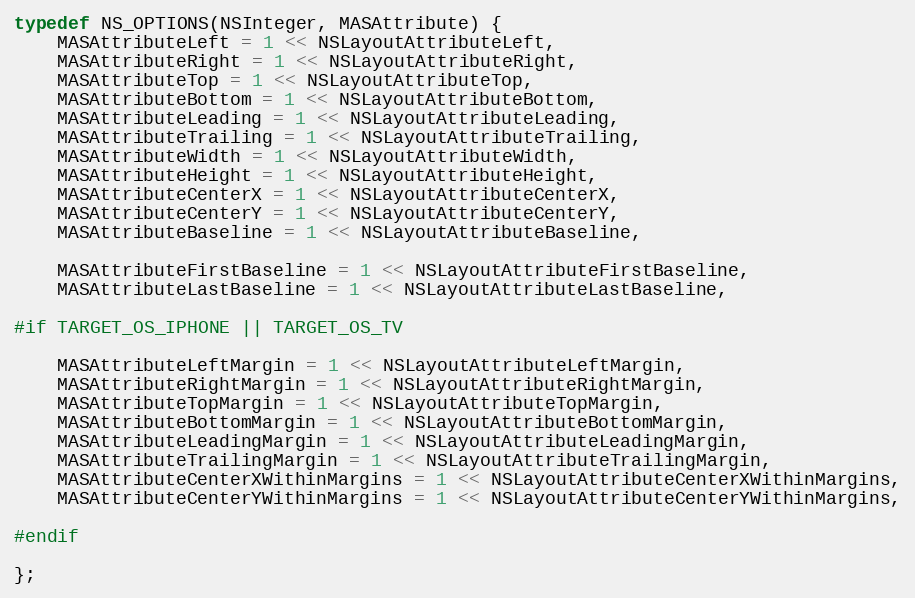
Language: C
typedef NS_OPTIONS(NSInteger, MASAttribute) {
    MASAttributeLeft = 1 << NSLayoutAttributeLeft,
    MASAttributeRight = 1 << NSLayoutAttributeRight,
    MASAttributeTop = 1 << NSLayoutAttributeTop,
    MASAttributeBottom = 1 << NSLayoutAttributeBottom,
    MASAttributeLeading = 1 << NSLayoutAttributeLeading,
    MASAttributeTrailing = 1 << NSLayoutAttributeTrailing,
    MASAttributeWidth = 1 << NSLayoutAttributeWidth,
    MASAttributeHeight = 1 << NSLayoutAttributeHeight,
    MASAttributeCenterX = 1 << NSLayoutAttributeCenterX,
    MASAttributeCenterY = 1 << NSLayoutAttributeCenterY,
    MASAttributeBaseline = 1 << NSLayoutAttributeBaseline,

    MASAttributeFirstBaseline = 1 << NSLayoutAttributeFirstBaseline,
    MASAttributeLastBaseline = 1 << NSLayoutAttributeLastBaseline,

#if TARGET_OS_IPHONE || TARGET_OS_TV

    MASAttributeLeftMargin = 1 << NSLayoutAttributeLeftMargin,
    MASAttributeRightMargin = 1 << NSLayoutAttributeRightMargin,
    MASAttributeTopMargin = 1 << NSLayoutAttributeTopMargin,
    MASAttributeBottomMargin = 1 << NSLayoutAttributeBottomMargin,
    MASAttributeLeadingMargin = 1 << NSLayoutAttributeLeadingMargin,
    MASAttributeTrailingMargin = 1 << NSLayoutAttributeTrailingMargin,
    MASAttributeCenterXWithinMargins = 1 << NSLayoutAttributeCenterXWithinMargins,
    MASAttributeCenterYWithinMargins = 1 << NSLayoutAttributeCenterYWithinMargins,

#endif

};